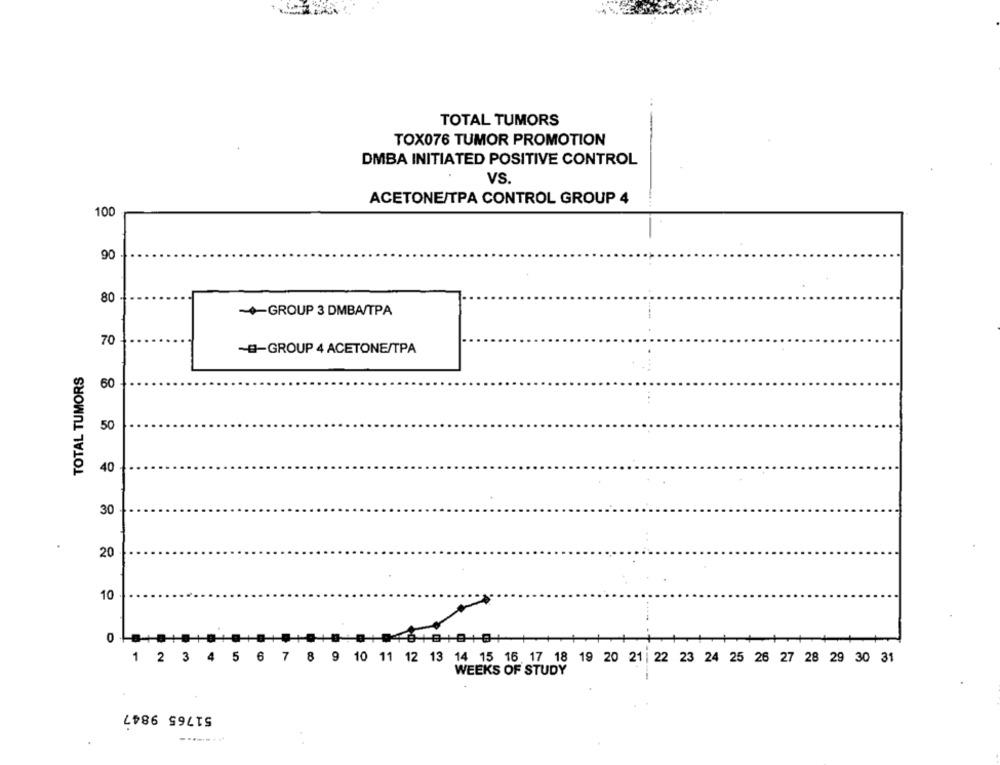
TOTAL TUMORS
TOX076 TUMOR PROMOTION
DMBA INITIATED POSITIVE CONTROL
VS
ACETONE/TPA CONTROL GROUP 4
100
90
80
+ GROUP 3 DMBA/TPA
70
-#-GROUP 4 ACETONE/TPA
TOTAL TUMORS
60
...
50
40
30
20
10
0
1 2 3 4 5 6 7 8 9 10 11 12 13 14 15 16 17 18 19 20 21| 22 23 24 25 26 27 28 29 30 31
WEEKS OF STUDY
51765 9847